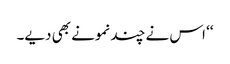
‘‘ اس نے چند نمونے بھی دیے۔